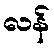
လန်